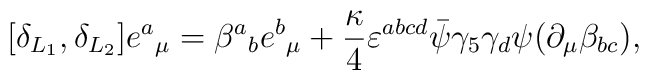
[\delta_{L_{1}}, \delta_{L_{2}}] e{^a}_{\mu}= \beta{^a}_b e{^b}_{\mu}+ {\kappa \over 4} \varepsilon^{abcd} \bar{\psi}\gamma_5 \gamma_d \psi(\partial_{\mu} \beta_{bc}),